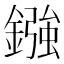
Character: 鏹